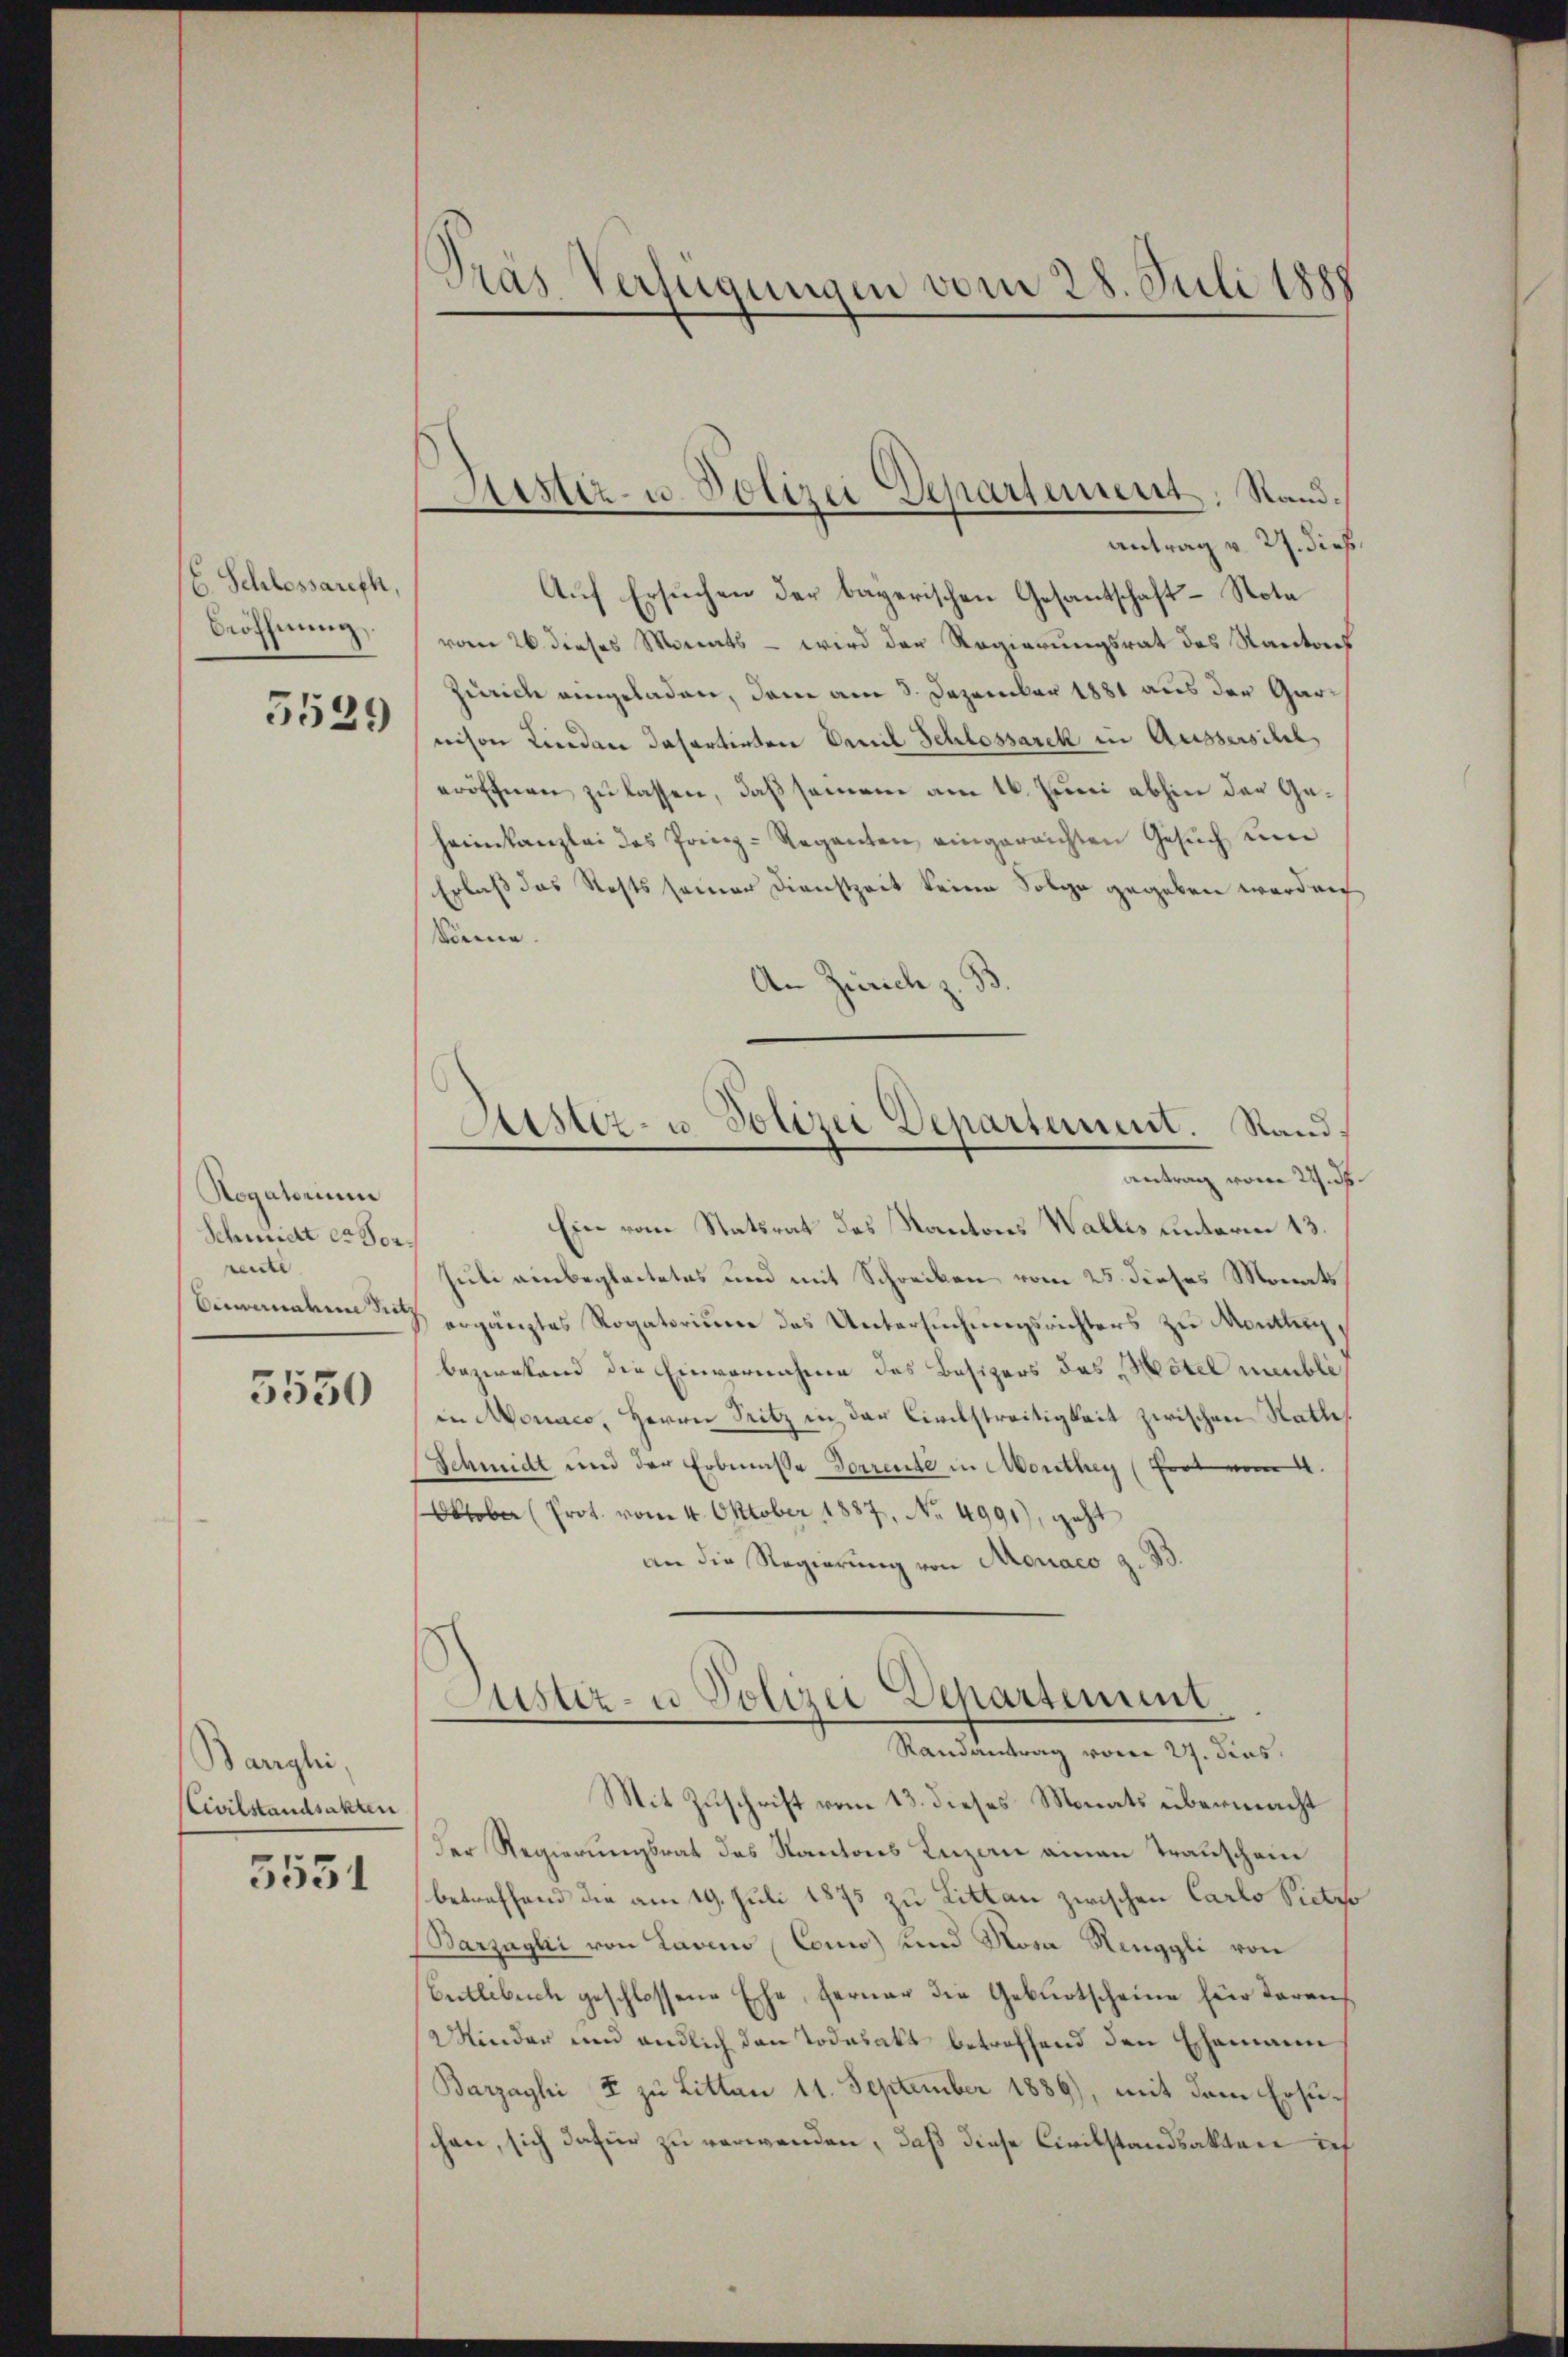
E. Schlessareth,
Beöffnung,
5529

Rogatorium
Schmidt er Vorrente
Einvernahene Pretz
3550

Barghei
CCivilstandsakten

5551

Pras Verfügungen vom 28. Juli 1888

Hester- u. Polizei Departement, Randantrag v. 2. dieß.

Auf Ersuchen der bayerischen Gesantschaft - Nota
vom 26. dieses Monats – wird der Regierungsrat des Kantons
Zürich angeladen, dem am 3. Dezember 1881 aus der Garnison Kinden dasartirten Vereil Schlossarek in Aussersihl,
eröffnen zu lassen, daß seien am 16. Juni abhin der Geheimkanzlei des Prinz-Regenten eingereichten Gesuch um
Erlaß das Rests seiner Dienstzeit keine Folge gegeben werden
käme
An Zürich z. B

Lister- u Polizei Departement. Stand.
Antrag vom 22. d.

Ein vom Statsrat des Kantons Walles unterm 13.
Juli einbegleitetes und mit Schreiben vom 25. dieses Monats
ergänztes Rogatorium des Untersuchungsrichters zu Monthey,
bezirkend die Einvernahme des Besitzers des Mitel meubli
in Monaco, Herrn Pritz in der Civilstreitigkeit zwischen Statte
Schmidt und der Erbmasse Vorrente in Monthey (fort vom 4.
Oktober (Prot. vom 4. Oktober 1887, No 4991), geht
an die Regierung von Monaco z. B

Justiz- u Polizei Departement
Randantrag vom 27. Fins
Mit Zuschrift vom 13. dieses Monats übermacht

Der Regierungsrat des Kantons Luzan einen Trauschein
betreffend die am 19. Juli 1875 zu Litten zwischen Carlo Victzo
Barzaghi von Laveno Conno) und Nosa Renggli von
Entlebuch geschlossene Ehe, ferner die Geburtscheine für daraus
Minder und endlich den Todesakt betreffend den Ehemann
Barzayhi 2 zu Litten 11. September 1886), mit dem Ersuchen, sich dafür zu verwenden, daß diese Civilstandsakten in